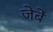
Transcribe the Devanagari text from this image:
जेबें